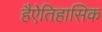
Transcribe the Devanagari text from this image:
हैऐतिहासिक